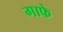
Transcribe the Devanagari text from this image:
गाफे